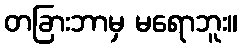
တခြားဘာမှ မရောဘူး။